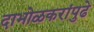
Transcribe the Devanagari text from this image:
दाभोळकरांपुढे